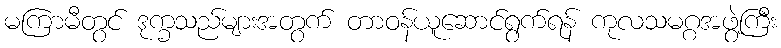
မကြာမီတွင် ဒုက္ခသည်များအတွက် တာဝန်ယူဆောင်ရွက်ရန် ကုလသမဂ္ဂအဖွဲ့ကြီး